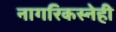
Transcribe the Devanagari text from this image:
नागरिकस्नेही